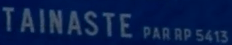
TAINASTE PARRP5413